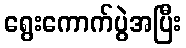
ရွေးကောက်ပွဲအပြီး